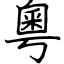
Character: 粵